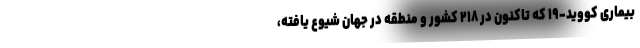
بیماری کووید-۱۹ که تاکنون در ۲۱۸ کشور و منطقه در جهان شیوع یافته،